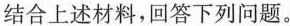
结合上述材料，回答下列问题。